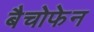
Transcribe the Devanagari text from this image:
बैचोफेन